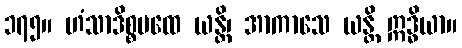
၁၇၅။ ဟံသာဒိစ္စပထေ ယန္တိ၊ အာကာသေ ယန္တိ ဣဒ္ဓိယာ။